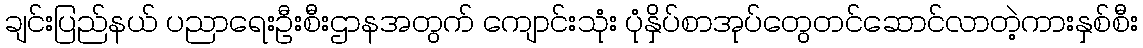
ချင်းပြည်နယ် ပညာရေးဦးစီးဌာနအတွက် ကျောင်းသုံး ပုံနှိပ်စာအုပ်တွေတင်ဆောင်လာတဲ့ကားနှစ်စီး